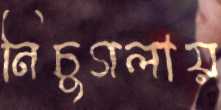
নিচুগলায়